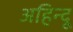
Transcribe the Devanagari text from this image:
अहिन्दू